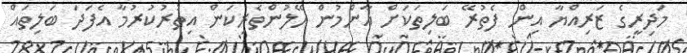
މަދިރީގެ ޒަރިއްޔާ އިން ފެތުރޭ ބަލިތަކަށް އާންމުން ހޭލުންތެރިކަން އިތުރުކުރުމާ އެފަދަ ބަލިތައް